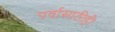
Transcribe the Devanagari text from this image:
पर्वासाठीही